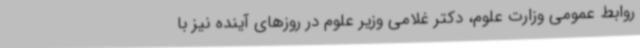
روابط عمومی وزارت علوم، دکتر غلامی وزیر علوم در روزهای آینده نیز با